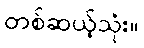
တစ်ဆယ့်သုံး။